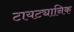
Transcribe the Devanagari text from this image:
टायट्यानिक